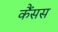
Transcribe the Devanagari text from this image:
कैंसस